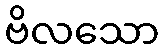
ဗိလသော